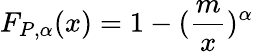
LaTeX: F_{P,\alpha}(x)=1-(\frac{m}{x})^{\alpha}